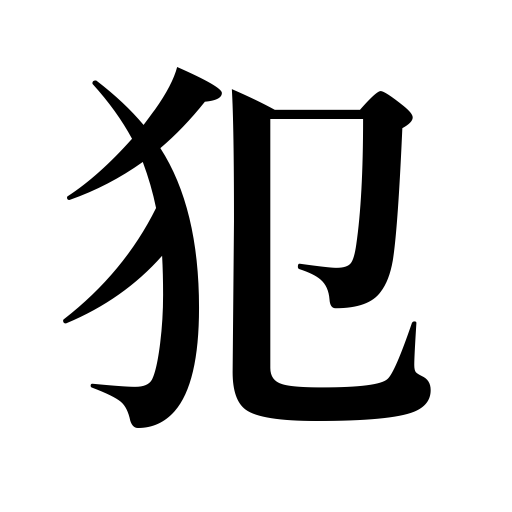
Meanings: defy,offense,commit,sin against,rape,attack,counter for criminal offenses,seduce,break,disregard,assault,violate,crime